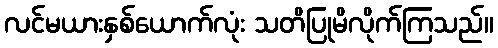
လင်မယားနှစ်ယောက်လုံး သတိပြုမိလိုက်ကြသည်။